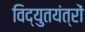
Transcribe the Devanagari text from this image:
विद्युतयंत्रों